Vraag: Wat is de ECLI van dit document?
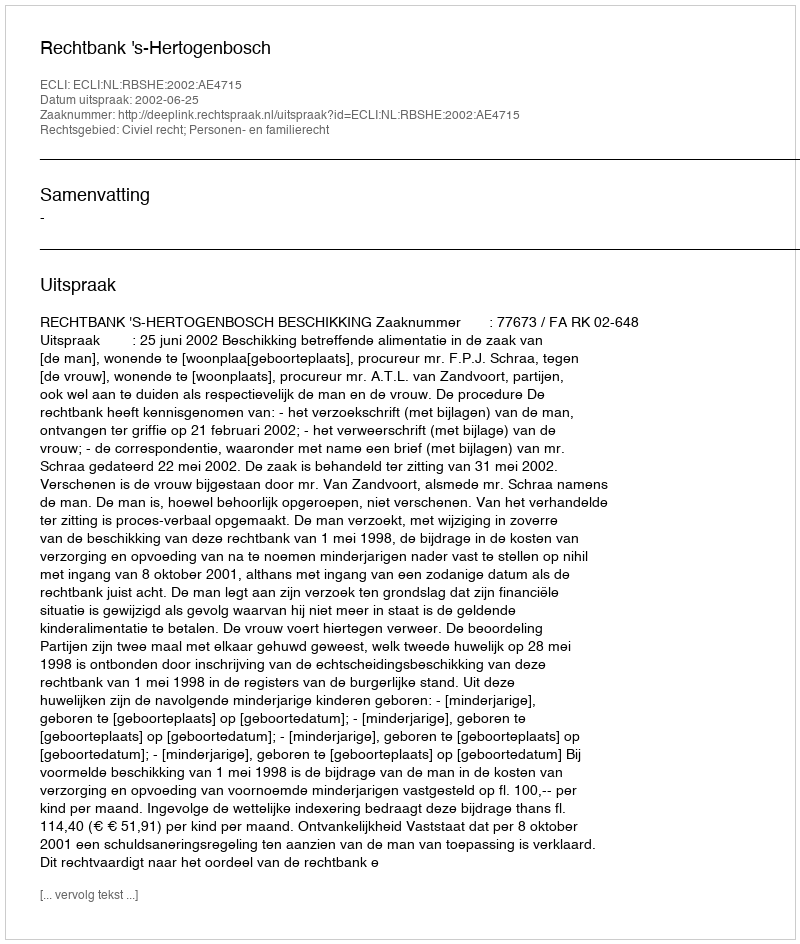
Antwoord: ECLI:NL:RBSHE:2002:AE4715